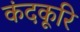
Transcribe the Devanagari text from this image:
कंदकूरि